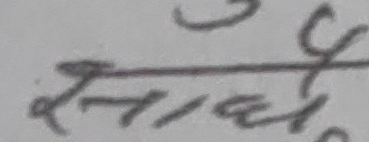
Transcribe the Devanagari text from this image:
र्समाधे